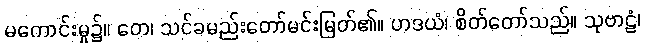
မကောင်းမှု၌။ တေ၊ သင်ခမည်းတော်မင်းမြတ်၏။ ဟဒယံ၊ စိတ်တော်သည်။ သုဗာဠံ၊